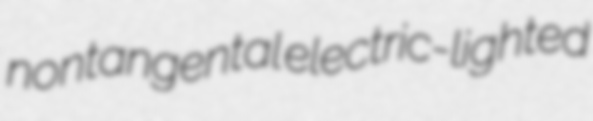
nontangental electric-lighted